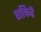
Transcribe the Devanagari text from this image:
शक्तिहै